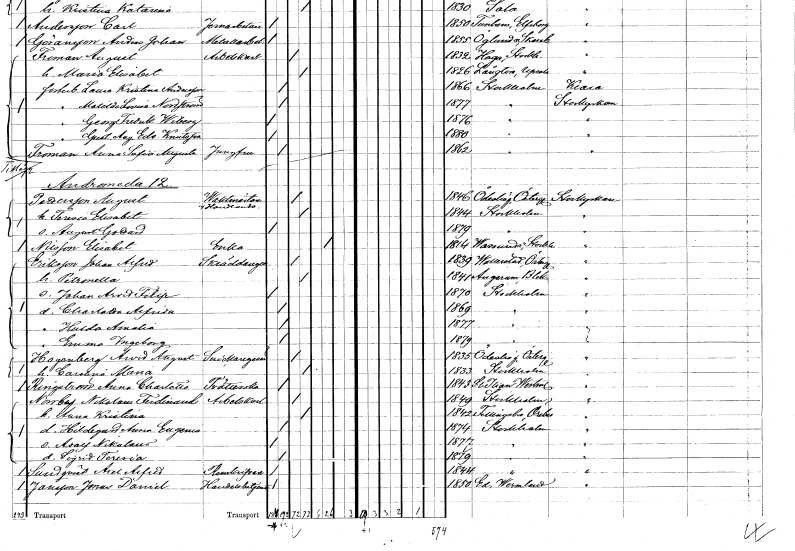
gt_parse: households: individuals: FN: Gustaf August Edvard
EN: Knutsson
KON: M
CIV: O
FODAR: 1880
FODFORS: Stockholm
FN: Anna Sofia Augusta
EN: Froman
YRKE: Jungfru
KON: K
CIV: O
FODAR: 1862
FODFORS: Stockholm
FN: August
EN: Pettersson
YRKE: Vaktmästare Handlande
KON: M
CIV: G
FODAR: 1846
FODFORS: Ödeshög Östergötlands län
FN: Teresia Elisabet
KON: K
CIV: G
FODAR: 1844
FODFORS: Stockholm
FN: August Gottard
KON: M
CIV: O
FODAR: 1879
FODFORS: Stockholm
FN: Elisabet
EN: Nilsson
YRKE: Änka
KON: K
CIV: E
FODAR: 1814
FODFORS: Vassunda Uppsala län
FN: Johan Alfred
EN: Eriksson
YRKE: Skräddaregesäll
KON: M
CIV: G
FODAR: 1839
FODFORS: Vallerstad Östergötlands län
FN: Petronella
KON: K
CIV: G
FODAR: 1841
FODFORS: Augerum Blekinge län
FN: Johan Arvid Filip
KON: M
CIV: O
FODAR: 1870
FODFORS: Stockholm
FN: Charlotta Alfrida
KON: K
CIV: O
FODAR: 1869
FODFORS: Stockholm
FN: Hulda Amalia
KON: K
CIV: O
FODAR: 1877
FODFORS: Stockholm
FN: Emma Ingeborg
KON: K
CIV: O
FODAR: 1879
FODFORS: Stockholm
FN: Arvid August
EN: Hagenberg
YRKE: Snickaregesäll
KON: M
CIV: G
FODAR: 1835
FODFORS: Ödeshög Östergötlands län
FN: Carolina Maria
KON: K
CIV: G
FODAR: 1833
FODFORS: Stockholm
FN: Anna Charlotta
EN: Ringström
YRKE: Tvätterska
KON: K
CIV: O
FODAR: 1843
FODFORS: Sankt Ilian Västmanlands län
FN: Nikolaus Ferdinand
EN: Norrby
YRKE: Arbetskarl
KON: M
CIV: G
FODAR: 1849
FODFORS: Stockholm
FN: Anna Kristina
KON: K
CIV: G
FODAR: 1842
FODFORS: Fellingsbro Örebro län
FN: Hildegard Anna Eugenia
KON: K
CIV: O
FODAR: 1874
FODFORS: Stockholm
FN: Adolf Nikolaus
KON: M
CIV: O
FODAR: 1877
FODFORS: Stockholm
FN: Sigrid Teresia
KON: K
CIV: O
FODAR: 1879
FODFORS: Stockholm
FN: Axel Alfred
EN: Sundqvist
YRKE: Renskrivare
KON: M
CIV: O
FODAR: 1844
FODFORS: Stockholm
FN: Jonas Daniel
EN: Jansson
YRKE: Handelsbetjänt
KON: M
CIV: O
FODAR: 1850
FODFORS: Ed Värmlands län